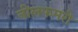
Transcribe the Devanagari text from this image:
नीलफमरी